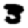
Digit: 3